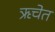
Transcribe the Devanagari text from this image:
ऋचेत